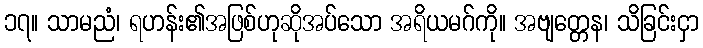
၁၇။ သာမညံ၊ ရဟန်း၏အဖြစ်ဟုဆိုအပ်သော အရိယမဂ်ကို။ အဗျတ္တေန၊ သိခြင်းငှာ